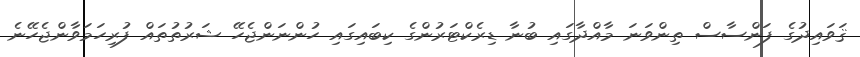
ޤަވައިދުގެ ފަންސާސް ތިންވަނަ މާއްދާގައި ބުނާ ޑިރެކްޓަރުންގެ ކިބައިގައި ހުންނަންޖެހޭ ޝަރުތުތައް ފުރިހަމަވާންޖެހޭނެ